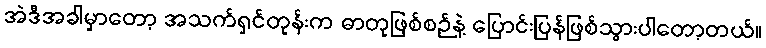
အဲဒီအခါမှာတော့ အသက်ရှင်တုန်းက ဓာတုဖြစ်စဉ်နဲ့ ပြောင်းပြန်ဖြစ်သွားပါတော့တယ်။